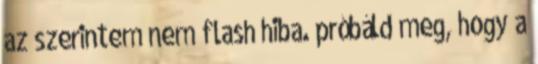
az szerintem nem flash hiba. próbáld meg, hogy a